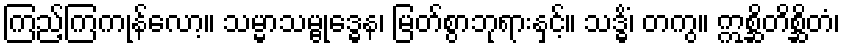
ကြည့်ကြကုန်လော့။ သမ္မာသမ္ဗုဒ္ဓေန၊ မြတ်စွာဘုရားနှင့်။ သဒ္ဓိံ၊ တကွ။ ဣစ္ဆိတိစ္ဆိတံ၊